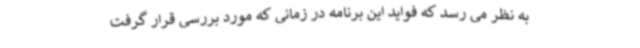
به نظر می رسد که فواید این برنامه در زمانی که مورد بررسی قرار گرفت